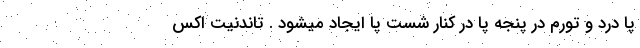
پا درد و تورم در پنجه پا در کنار شست پا ایجاد میشود . تاندنیت اکس